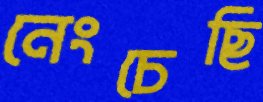
নেংচেছি